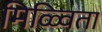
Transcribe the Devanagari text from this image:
मिळ्विता